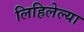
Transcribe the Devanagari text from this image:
लिहिलेल्‍या